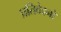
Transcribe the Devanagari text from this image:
प्रतिवेदनो